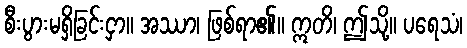
စီးပွားမရှိခြင်းငှာ။ အဿာ၊ ဖြစ်ရာ၏။ ဣတိ၊ ဤသို့။ ပရေသံ၊